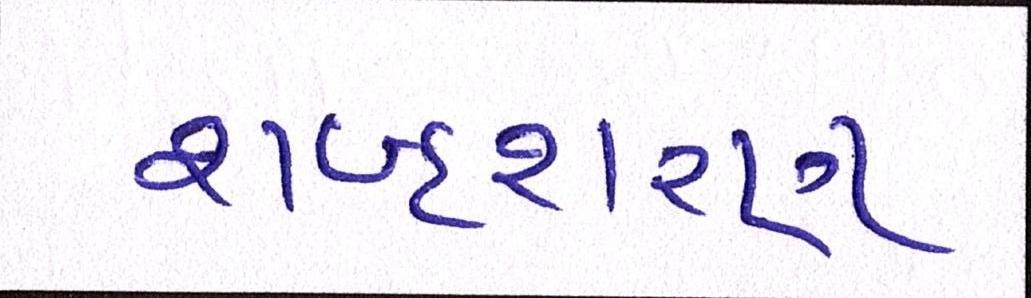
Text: શબ્દશરણ